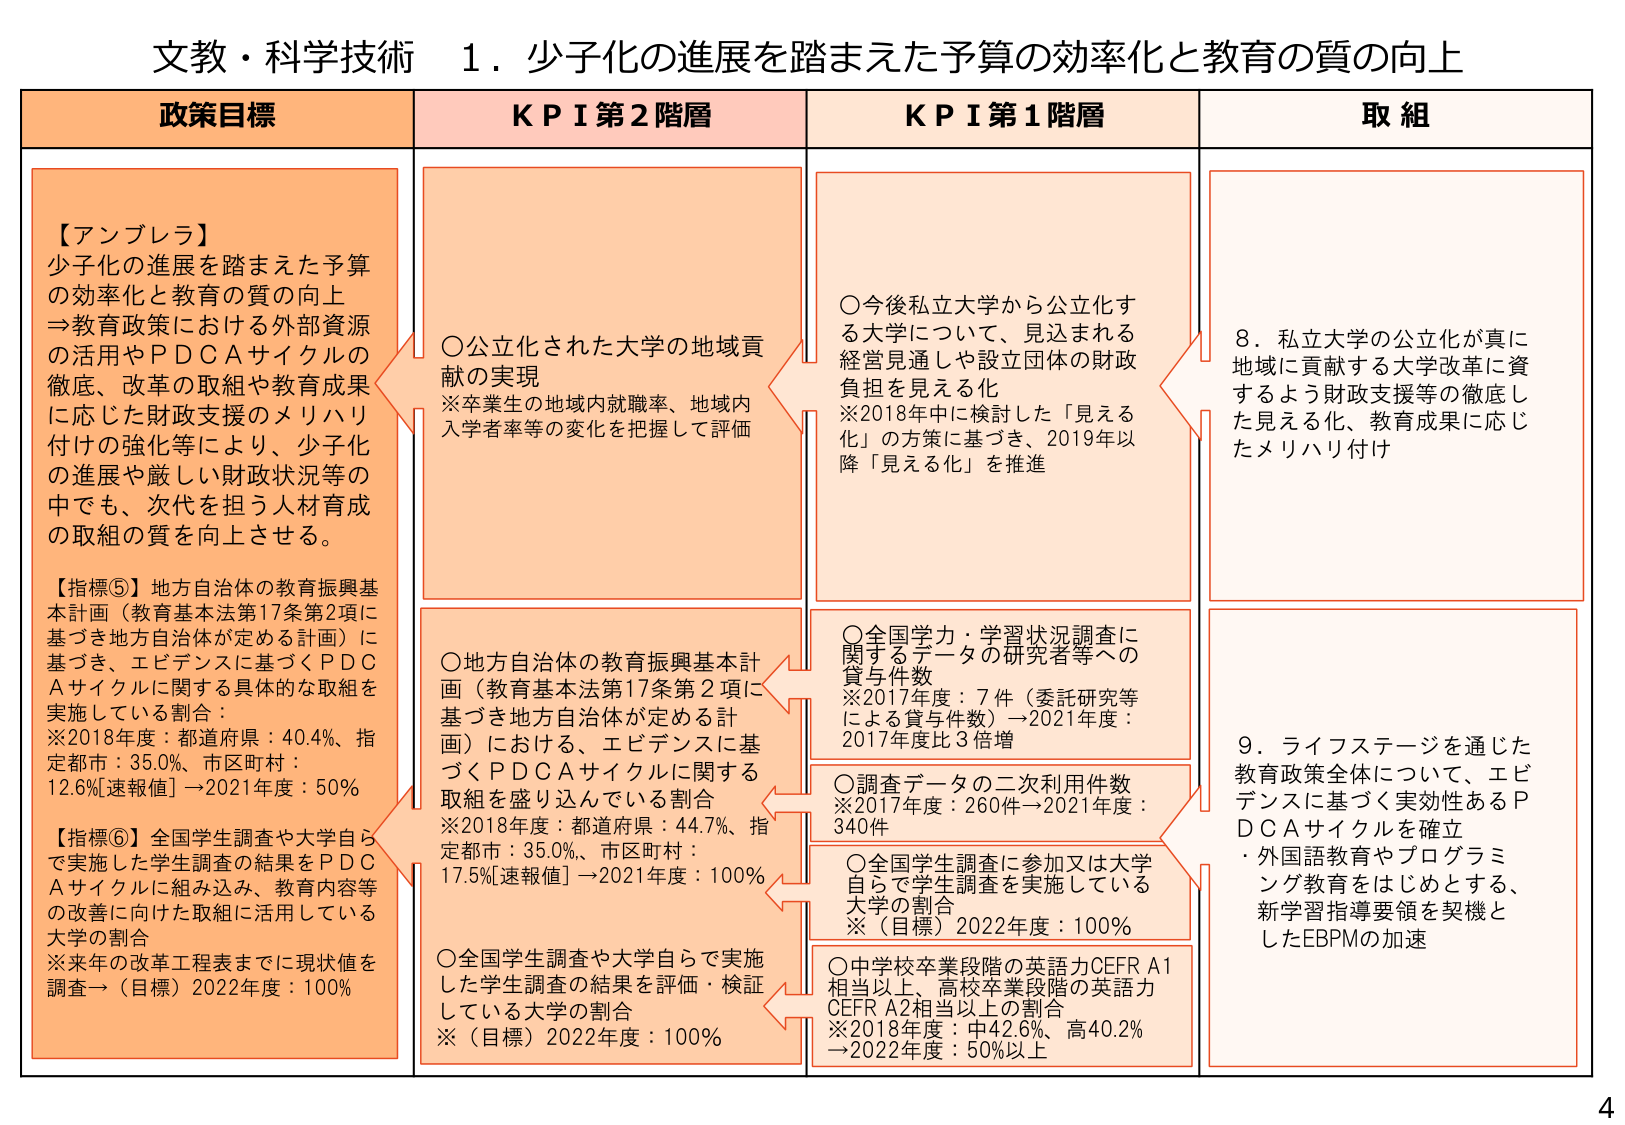
文教・科学技術　１．少子化の進展を踏まえた予算の効率化と教育の質の向上

政策目標

【アンブレラ】
少子化の進展を踏まえた予算
の効率化と教育の質の向上
⇒教育政策における外部資源
の活用やＰＤＣＡサイクルの
徹底、改革の取組や教育成果
に応じた財政支援のメリハリ
付けの強化等により、少子化
の進展や厳しい財政状況等の
中でも、次代を担う人材育成
の取組の質を向上させる。

【指標⑤】地方自治体の教育振興基本計画（教育基本法第17条第2項に
基づき地方自治体が定める計画）に
基づき、エビデンスに基づくＰＤＣ
Ａサイクルに関する具体的な取組を
実施している割合：
※2018年度：都道府県：40.4%、指定
都市：35.0%、市区町村：
12.6%[速報値] →2021年度：50%

【指標⑥】全国学生調査や大学自ら
で実施した学生調査の結果をＰＤＣ
Ａサイクルに組み込み、教育内容等
の改善に向けた取組に活用している
大学の割合
※来年の改革工程表までに現状値を
調査→（目標）2022年度：100%

ＫＰＩ第２階層

○公立化された大学の地域貢
献の実現
※卒業生の地域内就職率、地域内
入学者率等の変化を把握して評価

○地方自治体の教育振興基本計
画（教育基本法第17条第2項に
基づき地方自治体が定める計
画）における、エビデンスに基
づくＰＤＣＡサイクルに関する
取組を盛り込んでいる割合
※2018年度：都道府県：44.7%、指定
都市：35.0%、市区町村：
17.5%[速報値] →2021年度：100%

○全国学生調査や大学自らで実施
した学生調査の結果を評価・検証
している大学の割合
※（目標）2022年度：100%

ＫＰＩ第１階層

○今後私立大学から公立化す
る大学について、見込まれる
経営見通しや設立団体の財政
負担を見える化
※2018年中に検討した「見える
化」の方策に基づき、2019年以
降「見える化」を推進

○全国学力・学習状況調査に
関するデータの研究者等への
貸与件数
※2017年度：7件（委託研究等
による貸与件数）→2021年度：
2017年度比３倍増

○調査データの二次利用件数
2017年度：260件→2021年度：
340件

○全国学生調査に参加又は大学
自らで学生調査を実施している
大学の割合
※（目標）2022年度：100%

○中学校卒業段階の英語力CEFR A1
相当以上、高校卒業段階の英語力
CEFR A2相当以上の割合
※2018年度：中42.6%、高40.2%
→2022年度：50%以上

取組

8．私立大学の公立化が真に
地域に貢献する大学改革に資
するよう財政支援等の徹底し
た見える化、教育成果に応じ
たメリハリ付け

9．ライフステージを通じた
教育政策全体について、エビ
デンスに基づく実効性あるＰ
ＤＣＡサイクルを確立
・外国語教育やプログラミ
ング教育をはじめとする、
新学習指導要領を契機と
したEBPMの加速

4